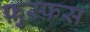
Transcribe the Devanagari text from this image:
फ़ुस्फ़स